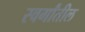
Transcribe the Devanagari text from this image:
स्वर्गांतील